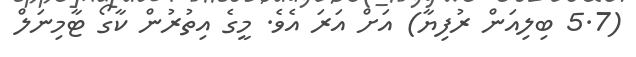
(5.7 ބިލިއަން ރުފިޔާ) އަށް އަރަ އެވެ. މީގެ އިތުރުން ކާގޯ ޓާމިނަލް